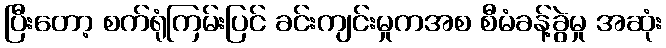
ပြီးတော့ စက်ရုံကြမ်းပြင် ခင်းကျင်းမှုကအစ စီမံခန့်ခွဲမှု အဆုံး